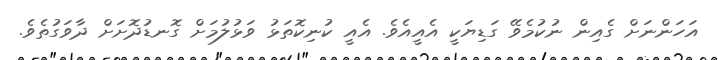
އަހަންނަށް ގެއިން ނުކުމެވޭ ގަޑިޔަކީ އެއީއެވެ. އެއީ ކުނިކޮތަޅު ވަޅުލުމަށް ގޮނޑުދޮށަށް ދާވަގުތެވެ.